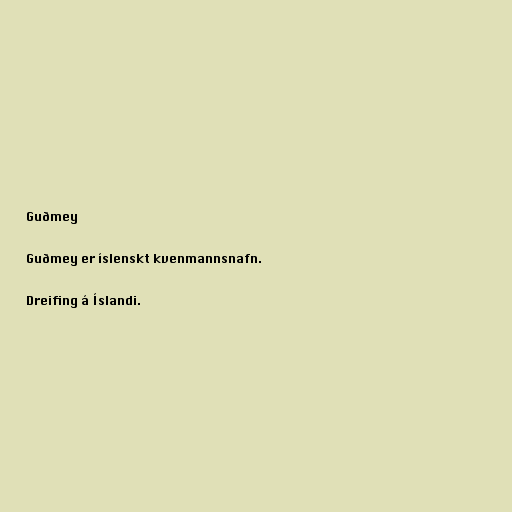
Guðmey

Guðmey er íslenskt kvenmannsnafn.

Dreifing á Íslandi.